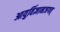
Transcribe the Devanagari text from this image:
आयुर्विज्ञानजगत्